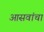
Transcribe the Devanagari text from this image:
आसवांचा